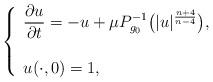
LaTeX: \begin{align*} \left\{ \begin{array}{lll} \displaystyle \frac{\partial u}{\partial t} = - u + \mu P_{g_0}^{-1} \big( |u|^{\frac{n+4}{n-4}} \big), \\\\u(\cdot, 0) = 1,\end{array}\right.\end{align*}